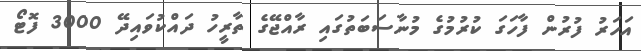
އަހަރު ފުރުން ފާހަގަ ކުރުމުގެ މުނާސަބަތުގައި ރާއްޖޭގެ ތާރީހު ދައްކުވައިދޭ 3000 ފޮޓޯ